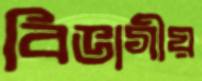
বিভাগীয়